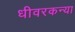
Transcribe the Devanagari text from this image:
धीवरकन्या